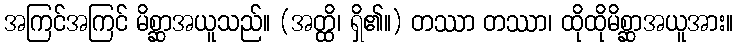
အကြင်အကြင် မိစ္ဆာအယူသည်။ (အတ္ထိ၊ ရှိ၏။) တဿာ တဿာ၊ ထိုထိုမိစ္ဆာအယူအား။